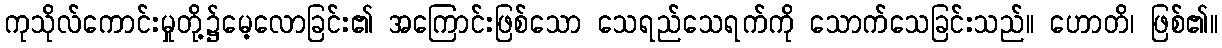
ကုသိုလ်ကောင်းမှုတို့၌မေ့လောခြင်း၏ အကြောင်းဖြစ်သော သေရည်သေရက်ကို သောက်သေခြင်းသည်။ ဟောတိ၊ ဖြစ်၏။